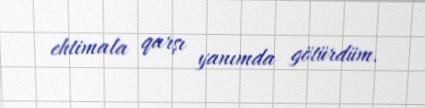
ehtimala qarşı yanımda götürdüm.